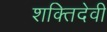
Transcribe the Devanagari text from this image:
शक्तिदेवी